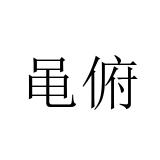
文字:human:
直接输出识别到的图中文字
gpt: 黾俯